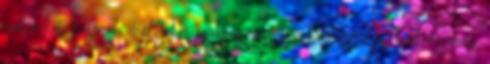
cookie-kat használ, melyekre szükség van a weboldal teljes működéséhez.